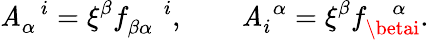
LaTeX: \mathit{A}_{\alpha}^{\, \, \, \, i}=\xi^{\beta}f_{\beta\alpha}^{\, \, \, \, \, \, \, i},\, \, \, \, \, \, \, \, \, \, \, \, \mathit{A}_{i}^{\, \, \alpha}=\xi^{\beta}f_{\betai}^{\, \, \, \, \, \alpha}.